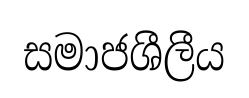
සමාජශීලීය